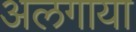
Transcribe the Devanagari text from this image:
अलगाया